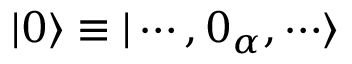
| 0 \rangle \equiv | \cdots , 0 _ { \alpha } , \cdots \rangle